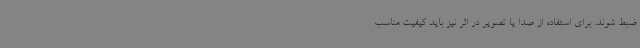
ضبط شوند. برای استفاده از صدا یا تصویر در اثر نیز باید کیفیت مناسب